Civil Veterinary Department Bihar & Orissa reports 1922-29 - 1922-1929
Year: 1922
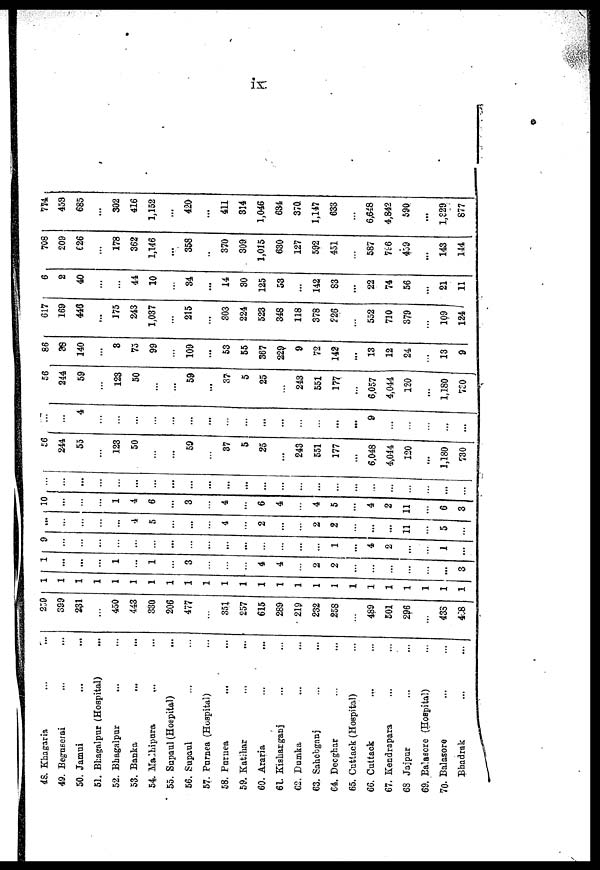
ix
45. Khagaria
49. Beguserai
50. Jamui
51. Bl:agnlpur (Hospital)
52. Bhagalpur
53. Banka
54. Malhipura
55. Supaul (Hospital)
...
56. Supaul
57. Purnea (Hospital)
58. Puruea
59. Katihar
60. Araria
61. Kisharganj
C2. Dumka
63. Sahebganj
64. Deoghar
65. Cuttack (Hospital)
66. Cuttack
67. Kendrapara
68 Jajpur
69. Balasore (Hospital)
70. Balasore
Bhadrak
250
399
231
450
443
330
206
477
351
257
615
289
219
232
258
489
501
296
433
458
1
1
1
1
1
1
1
1
1
1
1
1
1
1
1
1
1
1
1
1
1
1
1
...
...
1
1
3
4
4
2
9
...
...
...
...
2
1
i
...
4
2
...
1 ...
1
1
3 ...
...
4
5
...
4
2
...
2
2
...
10
1
4
6
3
4
...
6
4
4
5
...
4
...
2
11
5
...
11
6
3
1 '"
56
...
244
... |
55
... ...
...
...
...
...
...
123
50
59
37
5
25
...
...
...
...
... .
243
551
177
6,048
4,044
120
... 1,180
730
4
...
...
...
...
...
...
9
...
56
244
59
123
50
...
...
59
...
37
5
25
243
551
177
...
6,057
4,044
120
...
1,180
730
86
38
140
3
73
99
109
...
53
55
367
229
9
72
142
...
13
12
24
13
9
617
169
446
...
175
243
1,037
215
303
224
523
348
118
378
226
552
710
379
109
124'
6
2
40
44
10
34
...
14
30
125
53
142
83
...
22
74
56
21
11
708
209
(26
178
362
1,146
...
358
370
309
1,015
630
127
592
451
587
736
459
...
143
144
774
459
685
...
302
416
1,152
...
420
...
411
314
1,046
634
37Q
1,147
633
6,648
4,842
590
...
1,329
877